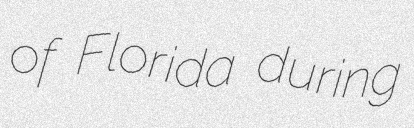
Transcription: of Florida during